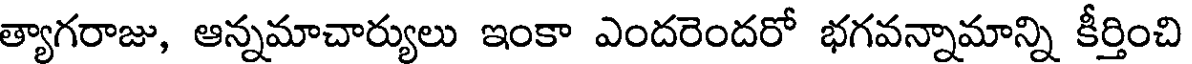
త్యాగరాజు, ఆన్నమాచార్యులు ఇంకా ఎందరెందరో భగవన్నామాన్ని కీర్తించి